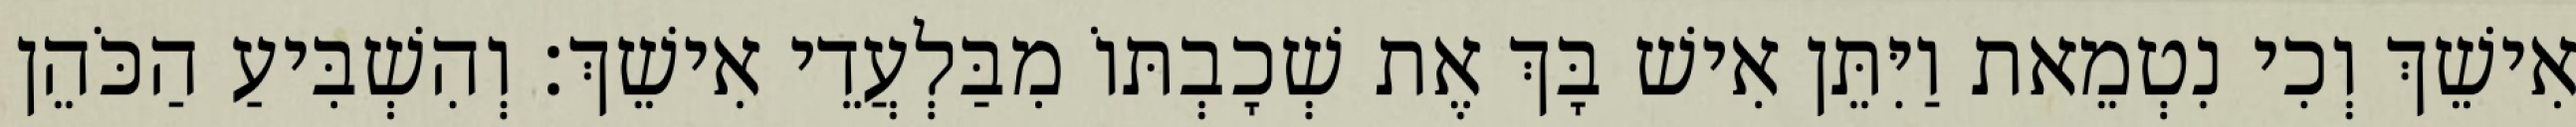
אִישֵׁךְ וְכִי נִטְמֵאת וַיִּתֵּן אִישׁ בָּךְ אֶת שְׁכָבְתּוֹ מִבַּלְעֲדֵי אִישֵׁךְ׃ וְהִשְׁבִּיעַ הַכֹּהֵן